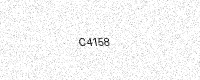
Text: C4158